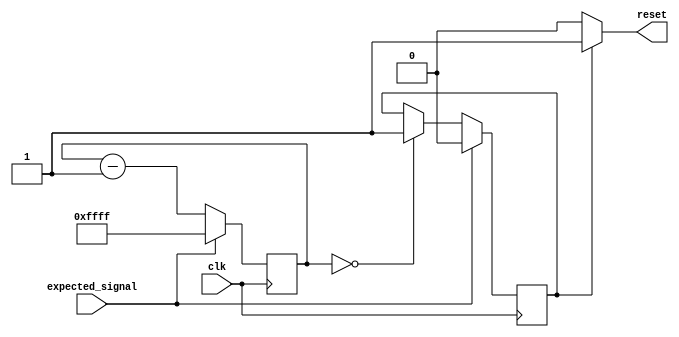
module watchdog_timer (
    input wire clk,
    input wire expected_signal,
    output reg reset
);

reg [15:0] counter;
reg trigger;

// Clock gating
always @(posedge clk) begin
    if (expected_signal) begin
        counter <= 16'b1111111111111111;
        trigger <= 0;
    end else begin
        counter <= counter - 1;
        if (counter == 0) begin
            trigger <= 1;
        end
    end
end

// Reset signal generation
always @(*) begin
    if (trigger) begin
        reset = 1;
    end else begin
        reset = 0;
    end
end

endmodule